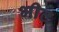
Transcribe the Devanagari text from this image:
भीट